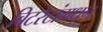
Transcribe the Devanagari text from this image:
बिटरेटांमधून